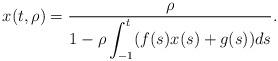
LaTeX: \begin{align*}x(t,\rho)=\frac{\rho}{\displaystyle 1-\rho\int_{-1}^t(f(s)x(s)+g(s))ds}.\end{align*}